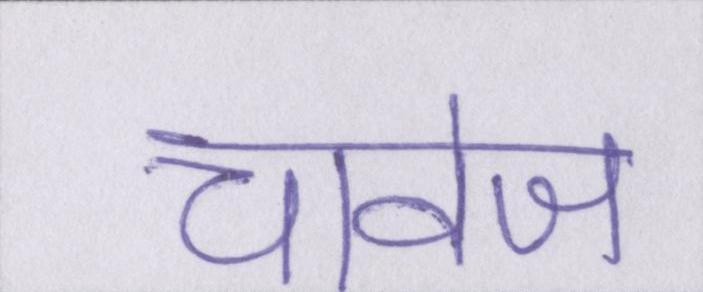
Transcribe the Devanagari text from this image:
चावेज